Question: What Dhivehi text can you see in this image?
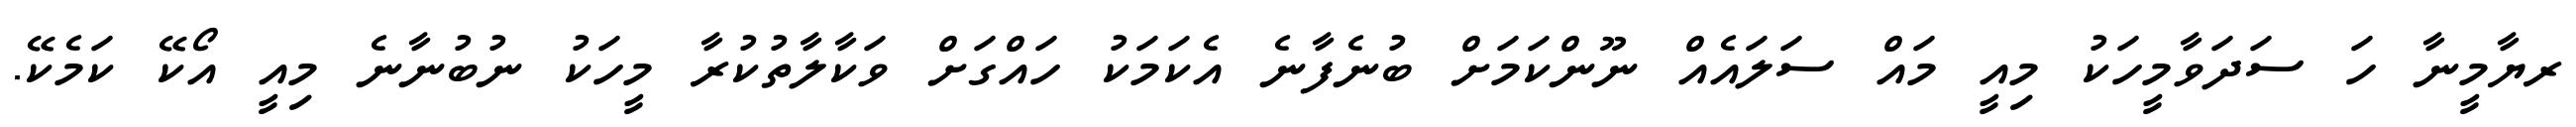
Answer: ރޔާމީނާ ހަ ސަދަވާމީހަކު މިއީ މައް ސަލައެއް ނޫންކަމަށް ބުނެފާނެ އެކަމަކު ހައްގަށް ވަކާލާތުކުރާ މީހަކު ނުބުނާނެ މިއީ އޯކޭ ކަމެކޭ.